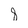
Character: 8